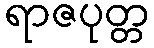
ရာဇပုတ္တ